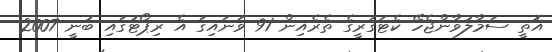
އޮތީ ސަމާލުވާންޖެހޭ ކެޓަގަރީގެ ތެރެއިން 91 ވަނައިގަ އެ ރިޕޯޓުގައި ބުނީ 2007